Annual report on the Civil Veterinary Department, Burma (including the Insein Veterinary School) - 1910-1922
Year: 1910
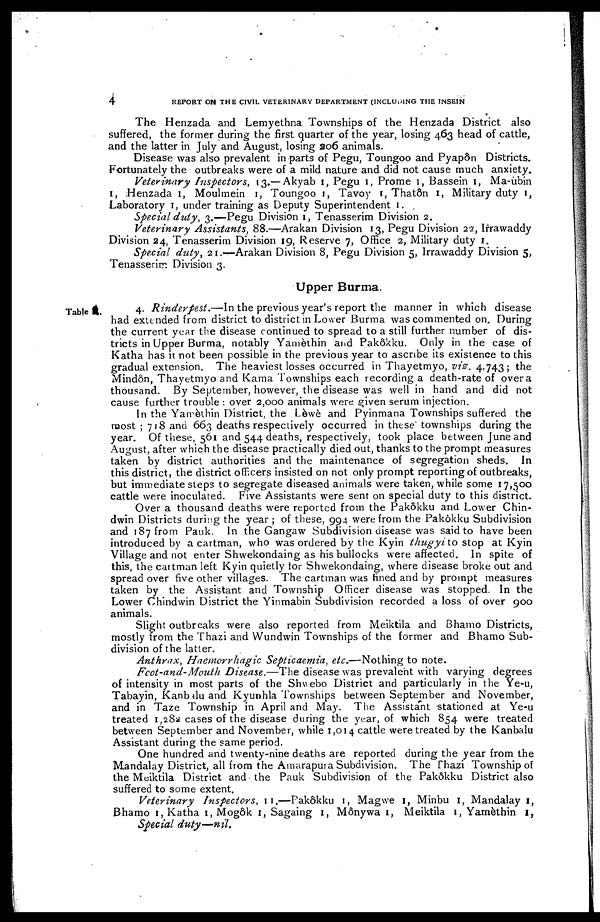
4
REPORT ON THE CIVIL VETERINARY DEPARTMENT (INCLUDING THE INSEIN
The Henzada and Lemyethna Townships of the Henzada District also
suffered, the former during the first quarter of the year, losing 463 head of cattle,
and the latter in July and August, losing 206 animals.
Disease was also prevalent in parts of Pegu, Toungoo and Pyapôn Districts.
Fortunately the outbreaks were of a mild nature and did not cause much anxiety.
Veterinary Inspectors, 13.—Akyab 1, Pegu 1, Prome 1, Bassein 1, Ma-ubin
1, Henzada 1, Moulmein 1, Toungoo 1, Tavoy 1, Thatôn 1, Military duty 1,
Laboratory 1, under training as Deputy Superintendent 1.
Special duly, 3.—Pegu Division 1, Tenasserim Division 2.
Veterinary Assistants, 88.—Arakan Division 13, Pegu Division 22, Irrawaddy
Division 24, Tenasserim Division 19, Reserve 7, Office 2, Military duty 1.
Special duty, 21.—Arakan Division 8, Pegu Division 5, Irrawaddy Division 5,
Tenasserim Division 3.
Upper Burma.
Table
4. Rinderpest.—In the previous year's report the manner in which disease
had extended from district to district in Lower Burma was commented on. During
the current year the disease continued to spread to a still further number of dis-
tricts in Upper Burma, notably Yamèthin and Pakôkku. Only in the case of
Katha has it not been possible in the previous year to ascribe its existence to this
gradual extension. The heaviest losses occurred in Thayetmyo, viz. 4,743; the
Mindôn, Thayetmyo and Kama Townships each recording a death-rate of over a
thousand. By September, however, the disease was well in hand and did not
cause further trouble : over 2,000 animals were given serum injection.
In the Yamèthin District, the Lèwè and Pyinmana Townships suffered the
most ; 718 and 663 deaths respectively occurred in these townships during the
year. Of these, 561 and 544 deaths, respectively, took place between June and
August, after which the disease practically died out, thanks to the prompt measures
taken by district authorities and the maintenance of segregation sheds. In
this district, the district officers insisted on not only prompt reporting of outbreaks,
but immediate steps to segregate diseased animals were taken, while some 17,500
cattle were inoculated. Five Assistants were sent on special duty to this district.
Over a thousand deaths were reported from the Pakôkku and Lower Chin-
dwin Districts during the year ; of these, 994 were from the Pakôkku Subdivision
and 187 from Pank. In the Gangaw Subdivision disease was said to have been
introduced by a cartman, who was ordered by the Kyin thugyi to stop at Kyin
Village and not enter Shwekondaing as his bullocks were affected. In spite of
this, the cartman left Kyin quietly tor Shwekondaing, where disease broke out and
spread over five other villages. The cartman was fined and by prompt measures
taken by the Assistant and Township Officer disease was stopped. In the
Lower Chindwin District the Yinmabin Subdivision recorded a loss of over 900
animals.
Slight outbreaks were also reported from Meiktila and Bhamo Districts,
mostly from the Thazi and Wundwin Townships of the former and Bhamo Sub-
division of the latter.
Anthrax, Haemorrhagic Septicaemia, etc.—Nothing to note.
Foot-and- Mouth Disease.—The disease was prevalent with varying degrees
of intensity in most parts of the Shwebo District and particularly in the Ye-u,
Tabayin, Kanbalu and Kyunhla Townships between September and November,
and in Taze Township in April and May. The Assistant stationed at Ye-u
treated 1,282 cases of the disease during the year, of which 854 were treated
between September and November, while 1,014 cattle were treated by the Kanbalu
Assistant during the same period.
One hundred and twenty-nine deaths are reported during the year from the
Mandalay District, all from the Amarapura Subdivision. The Thazi Township of
the Meiktila District and the Pauk Subdivision of the Pakôkku District also
suffered to some extent.
Veterinary
Inspectors, 11.—Pakôkku 1, Magwe 1, Minbu 1, Mandalay 1,
Bhamo 1, Katha 1, Mogôk 1, Sagaing 1, Mônywa 1, Meiktila 1, Yamèthin 1,
Special
duty—nil.